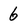
Character: 6